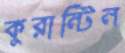
কুরান্টিন